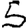
Digit: 5